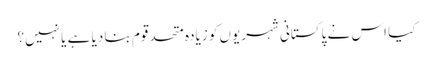
کیا اس نے پاکستانی شہریوں کو زیادہ متحد قوم بنا دیا ہے یا نہیں؟